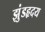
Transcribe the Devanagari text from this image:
झुंडहृदय